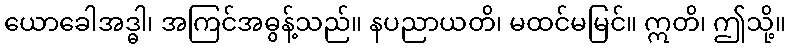
ယောခေါအဒ္ဓါ၊ အကြင်အဓွန့်သည်။ နပညာယတိ၊ မထင်မမြင်။ ဣတိ၊ ဤသို့။